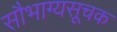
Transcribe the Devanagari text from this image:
सौभाग्यसूचक